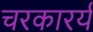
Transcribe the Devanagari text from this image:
चरकारर्य